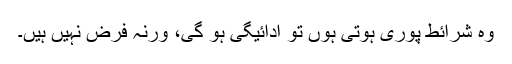
وہ شرائط پوری ہوتی ہوں تو ادائیگی ہو گی، ورنہ فرض نہیں ہیں۔